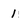
Character: 1